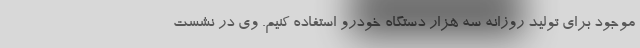
موجود برای تولید روزانه سه هزار دستگاه خودرو استفاده کنیم. وی در نشست